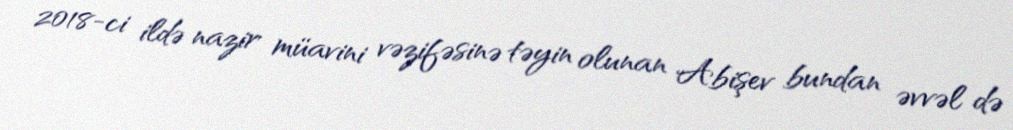
2018-ci ildə nazir müavini vəzifəsinə təyin olunan Abişev bundan əvvəl də